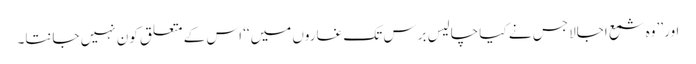
اور ’’وہ شمع اجالا جس نے کیا چالیس برس تک غاروں میں‘‘ اس کے متعلق کون نہیں جانتا۔